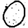
Digit: 0